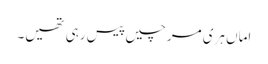
اماں ہری مرچیں پیس رہی تھیں۔